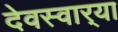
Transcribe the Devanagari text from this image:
देवस्वार्‍या